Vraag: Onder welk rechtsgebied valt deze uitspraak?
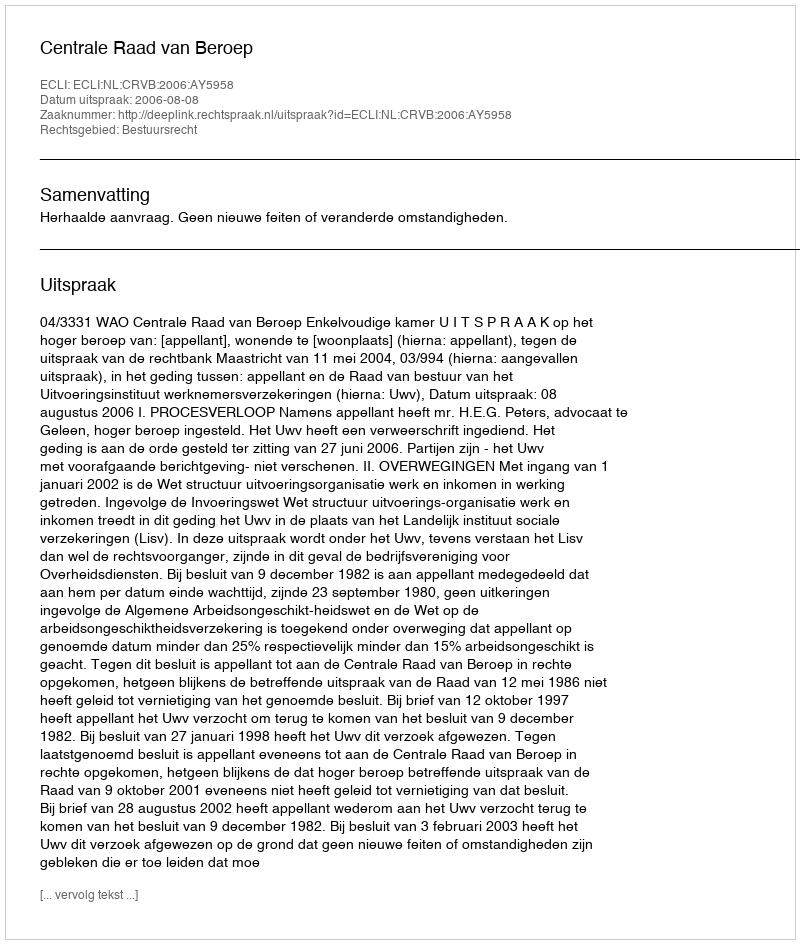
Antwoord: Bestuursrecht